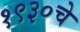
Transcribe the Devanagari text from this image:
१९३०चे